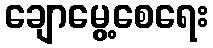
ချောမွေ့စေရေး